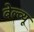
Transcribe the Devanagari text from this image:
बेल्व्यू